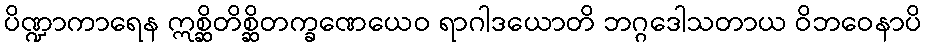
ပိဏ္ဍာကာရေန ဣစ္ဆိတိစ္ဆိတက္ခဏေယေဝ ရာဂါဒယောတိ ဘဂ္ဂဒေါသတာယ ဝိဘဝေနာပိ